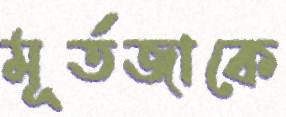
মূর্তজাকে